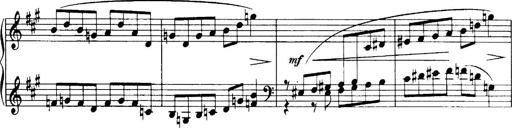
Title: 3 Sonatinas, Op.67
Composer: Jean Sibelius